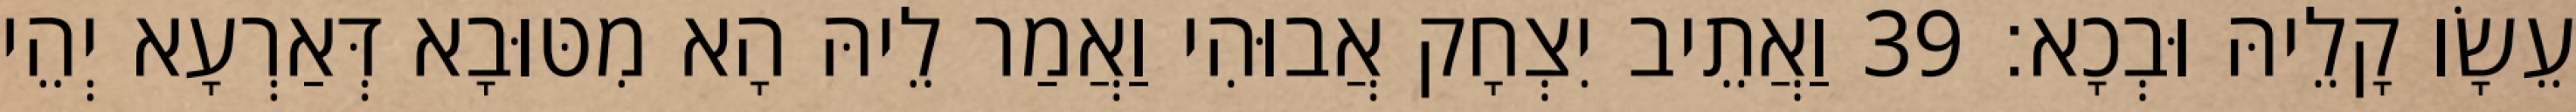
עֵשָׂו קָלֵיהּ וּבְכָא׃ 39 וַאֲתֵיב יִצְחָק אֲבוּהִי וַאֲמַר לֵיהּ הָא מִטּוּבָא דְּאַרְעָא יְהֵי